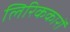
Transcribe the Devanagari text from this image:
लिरिककारों